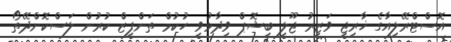
އޮސްޓްރޭލިއާގެ ޚާރިޖީ ވަޒީރު ޖޫލީ ބިޝޮޕް ވިދާޅުވީ ހުކުމް ތަންފީޒް ކުރުން ލަސްކޮށްދޭތޯ